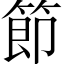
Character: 節